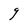
Character: g